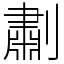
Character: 㔅